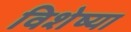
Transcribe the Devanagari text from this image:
विशेष्या